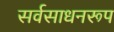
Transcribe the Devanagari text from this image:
सर्वसाधनरूप